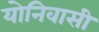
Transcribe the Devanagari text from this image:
योनिवासी